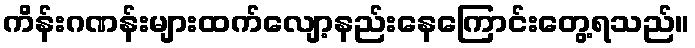
ကိန်းဂဏန်းများထက်လျော့နည်းနေကြောင်းတွေ့ရသည်။